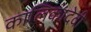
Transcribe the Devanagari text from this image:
कालिकादेवी